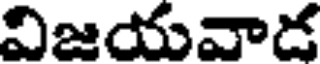
విజయవాడ